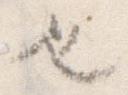
也